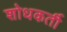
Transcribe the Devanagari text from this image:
शोधकर्ती